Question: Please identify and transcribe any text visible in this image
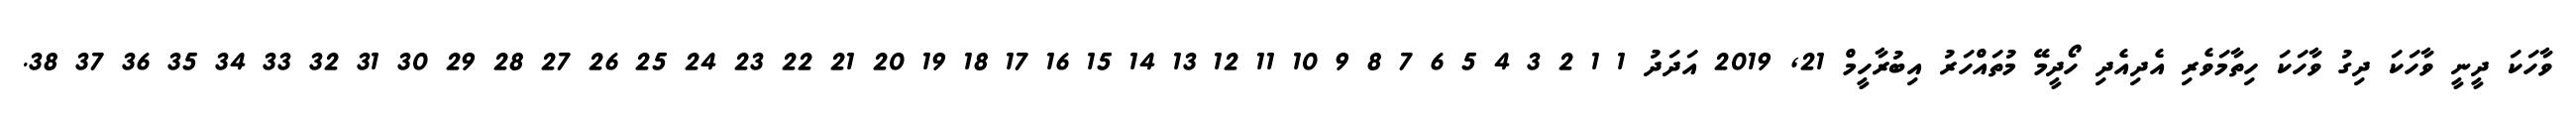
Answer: ވާހަކަ ދީނީ ވާހަކަ ދިގު ވާހަކަ ހިތާމަވެރި އެދިއެދި ހޯދީމޭ މުތައްހަރު އިބުރާހީމް 21, 2019 އަދަދު 1 1 2 3 4 5 6 7 8 9 10 11 12 13 14 15 16 17 18 19 20 21 22 23 24 25 26 27 28 29 30 31 32 33 34 35 36 37 38.